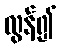
လွန်၍